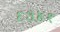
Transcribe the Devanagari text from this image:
६३४१